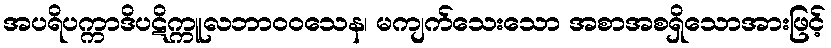
အပရိပက္ကာဒိပဋိက္ကူလဘာဝဝသေန၊ မကျက်သေးသော အစာအစရှိသောအားဖြင့်